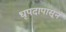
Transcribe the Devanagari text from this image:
धृपदापासून